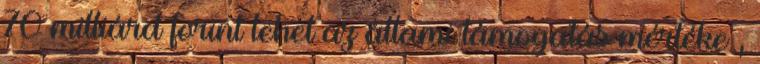
70 milliárd forint lehet az állami támogatás mértéke ,